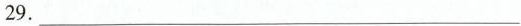
29.___